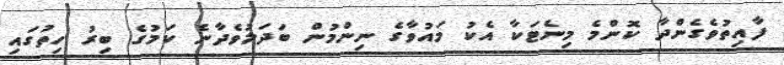
ފާއިތުވެގެންދާ ކޮންމެ މިނެޓަކާ އެކު މައުވާގެ ނިންމުން ބަދަލުވެދާނެ ކަމުގެ ބިރު ހިތުގައި